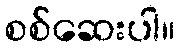
စစ်ဆေးပါ။